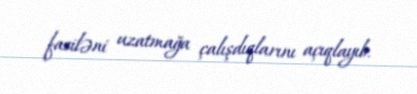
fasiləni uzatmağa çalışdıqlarını açıqlayıb.